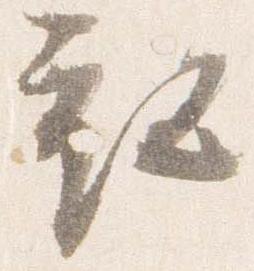
衣